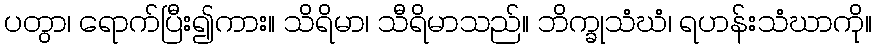
ပတွာ၊ ရောက်ပြီး၍ကား။ သိရိမာ၊ သီရိမာသည်။ ဘိက္ခုသံဃံ၊ ရဟန်းသံဃာကို။